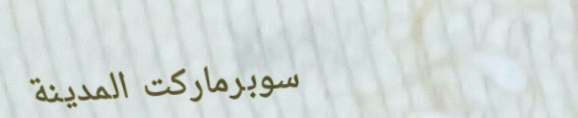
سوبرماركت المدينة